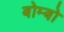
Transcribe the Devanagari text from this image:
बोम्बो